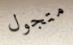
متجول